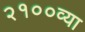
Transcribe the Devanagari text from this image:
२१००व्या